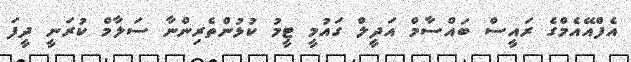
އެފްއޭއެމްގެ ރައީސް ބައްސާމް އަދީލް ގައުމީ ޓީމު ކުޅުންތެރިންނާ ސަލާމް ކުރަނީ ދީފަ